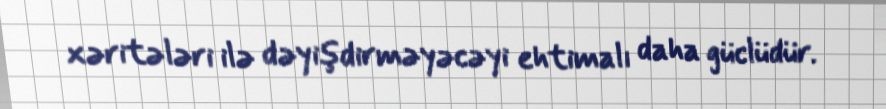
xəritələri ilə dəyişdirməyəcəyi ehtimalı daha güclüdür.